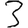
Digit: 3